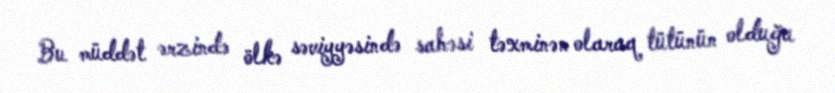
Bu müddət ərzində ölkə səviyyəsində sahəsi təxminən olaraq tütünün olduğu